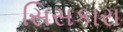
સિસકારા